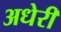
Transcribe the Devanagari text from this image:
अधेरी